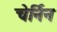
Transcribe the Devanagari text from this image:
चेर्निन